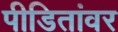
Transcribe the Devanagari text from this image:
पीडितांवर